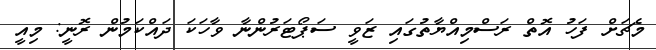
މެޗަށް ފަހު އޮތް ރަސްމިއްޔާތުގައި ޒަވީ ސަޕޯޓަރުންނާ ވާހަކަ ދައްކަމުން ރޮނީ: މިއީ